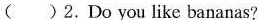
( ) 2.Do you like bananas?